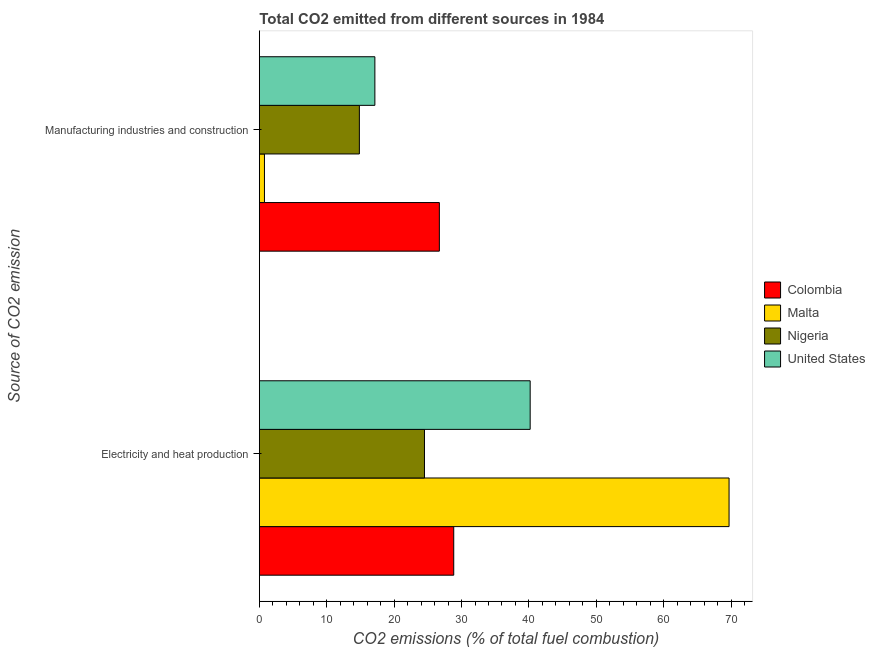
| Source of CO2 emission | Colombia | Malta | Nigeria | United States |
 | --- | --- | --- | --- | --- |
 | Electricity and heat production | 28.8 | 69.7 | 24.5 | 40.2 |
 | Manufacturing industries and construction | 26.7 | 0.758 | 14.8 | 17.1 |